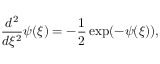
\frac { d ^ { 2 } } { d \xi ^ { 2 } } \psi ( \xi ) = - \frac { 1 } { 2 } \exp ( - \psi ( \xi ) ) ,